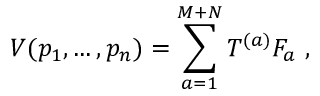
V ( p _ { 1 } , \ldots , p _ { n } ) = \sum _ { a = 1 } ^ { M + N } T ^ { ( a ) } F _ { a } \ ,